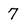
Character: 7